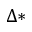
\Delta *